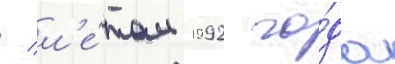
/ л'е́том 1992 го́да